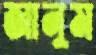
জানুম